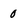
Character: 0